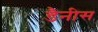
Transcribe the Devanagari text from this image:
डैनीस